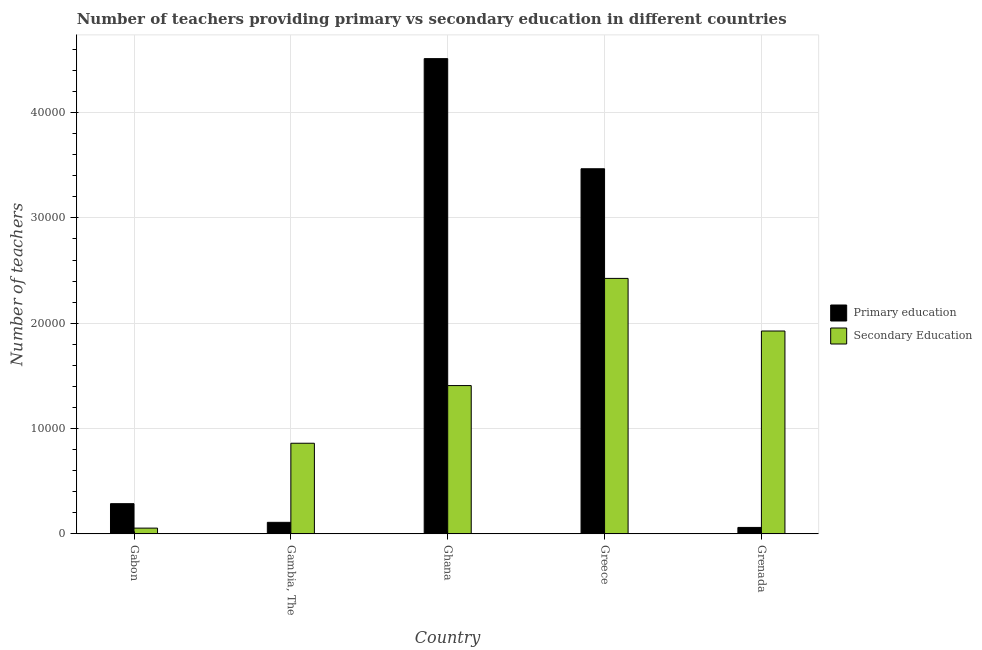
| Country | Primary education | Secondary Education |
 | --- | --- | --- |
 | Gabon | 2.87e+03 | 545 |
 | Gambia, The | 1.09e+03 | 8.6e+03 |
 | Ghana | 4.51e+04 | 1.41e+04 |
 | Greece | 3.47e+04 | 2.43e+04 |
 | Grenada | 610 | 1.93e+04 |